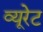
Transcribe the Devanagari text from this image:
व्यूरेट